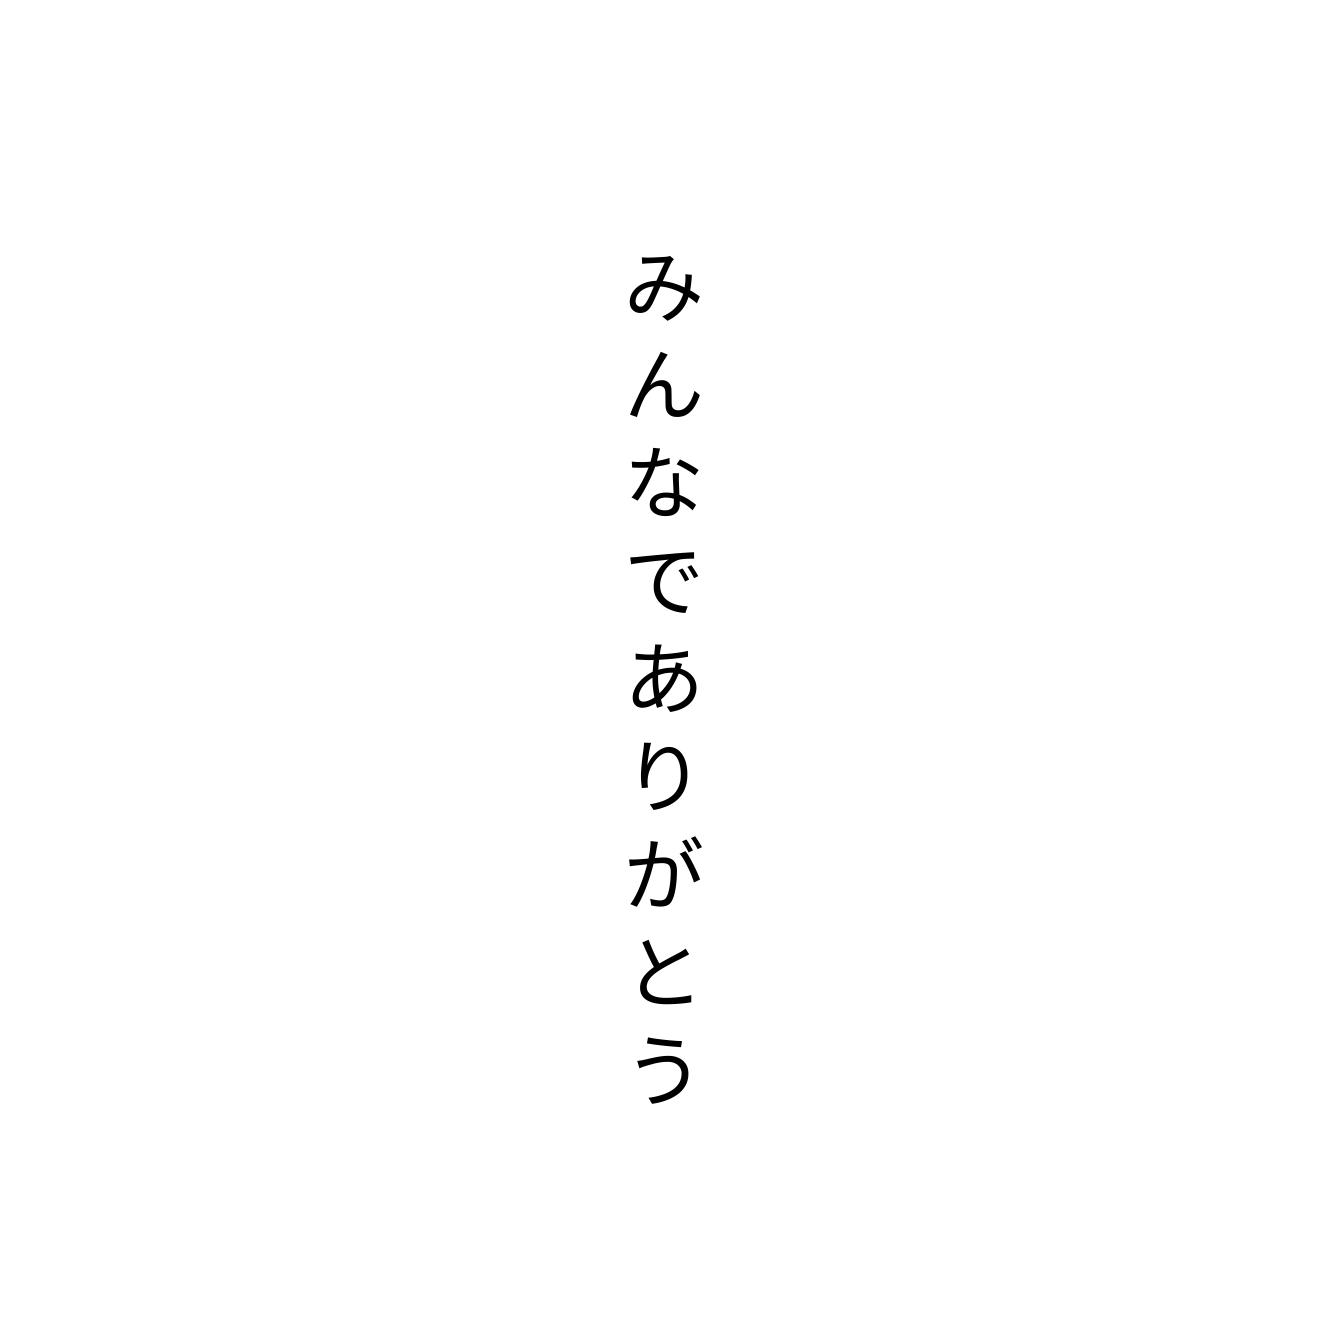
みんなでありがとう